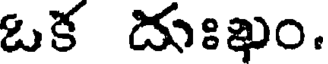
ఒక దుఃఖం.